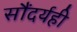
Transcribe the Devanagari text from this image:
सौंदर्यही